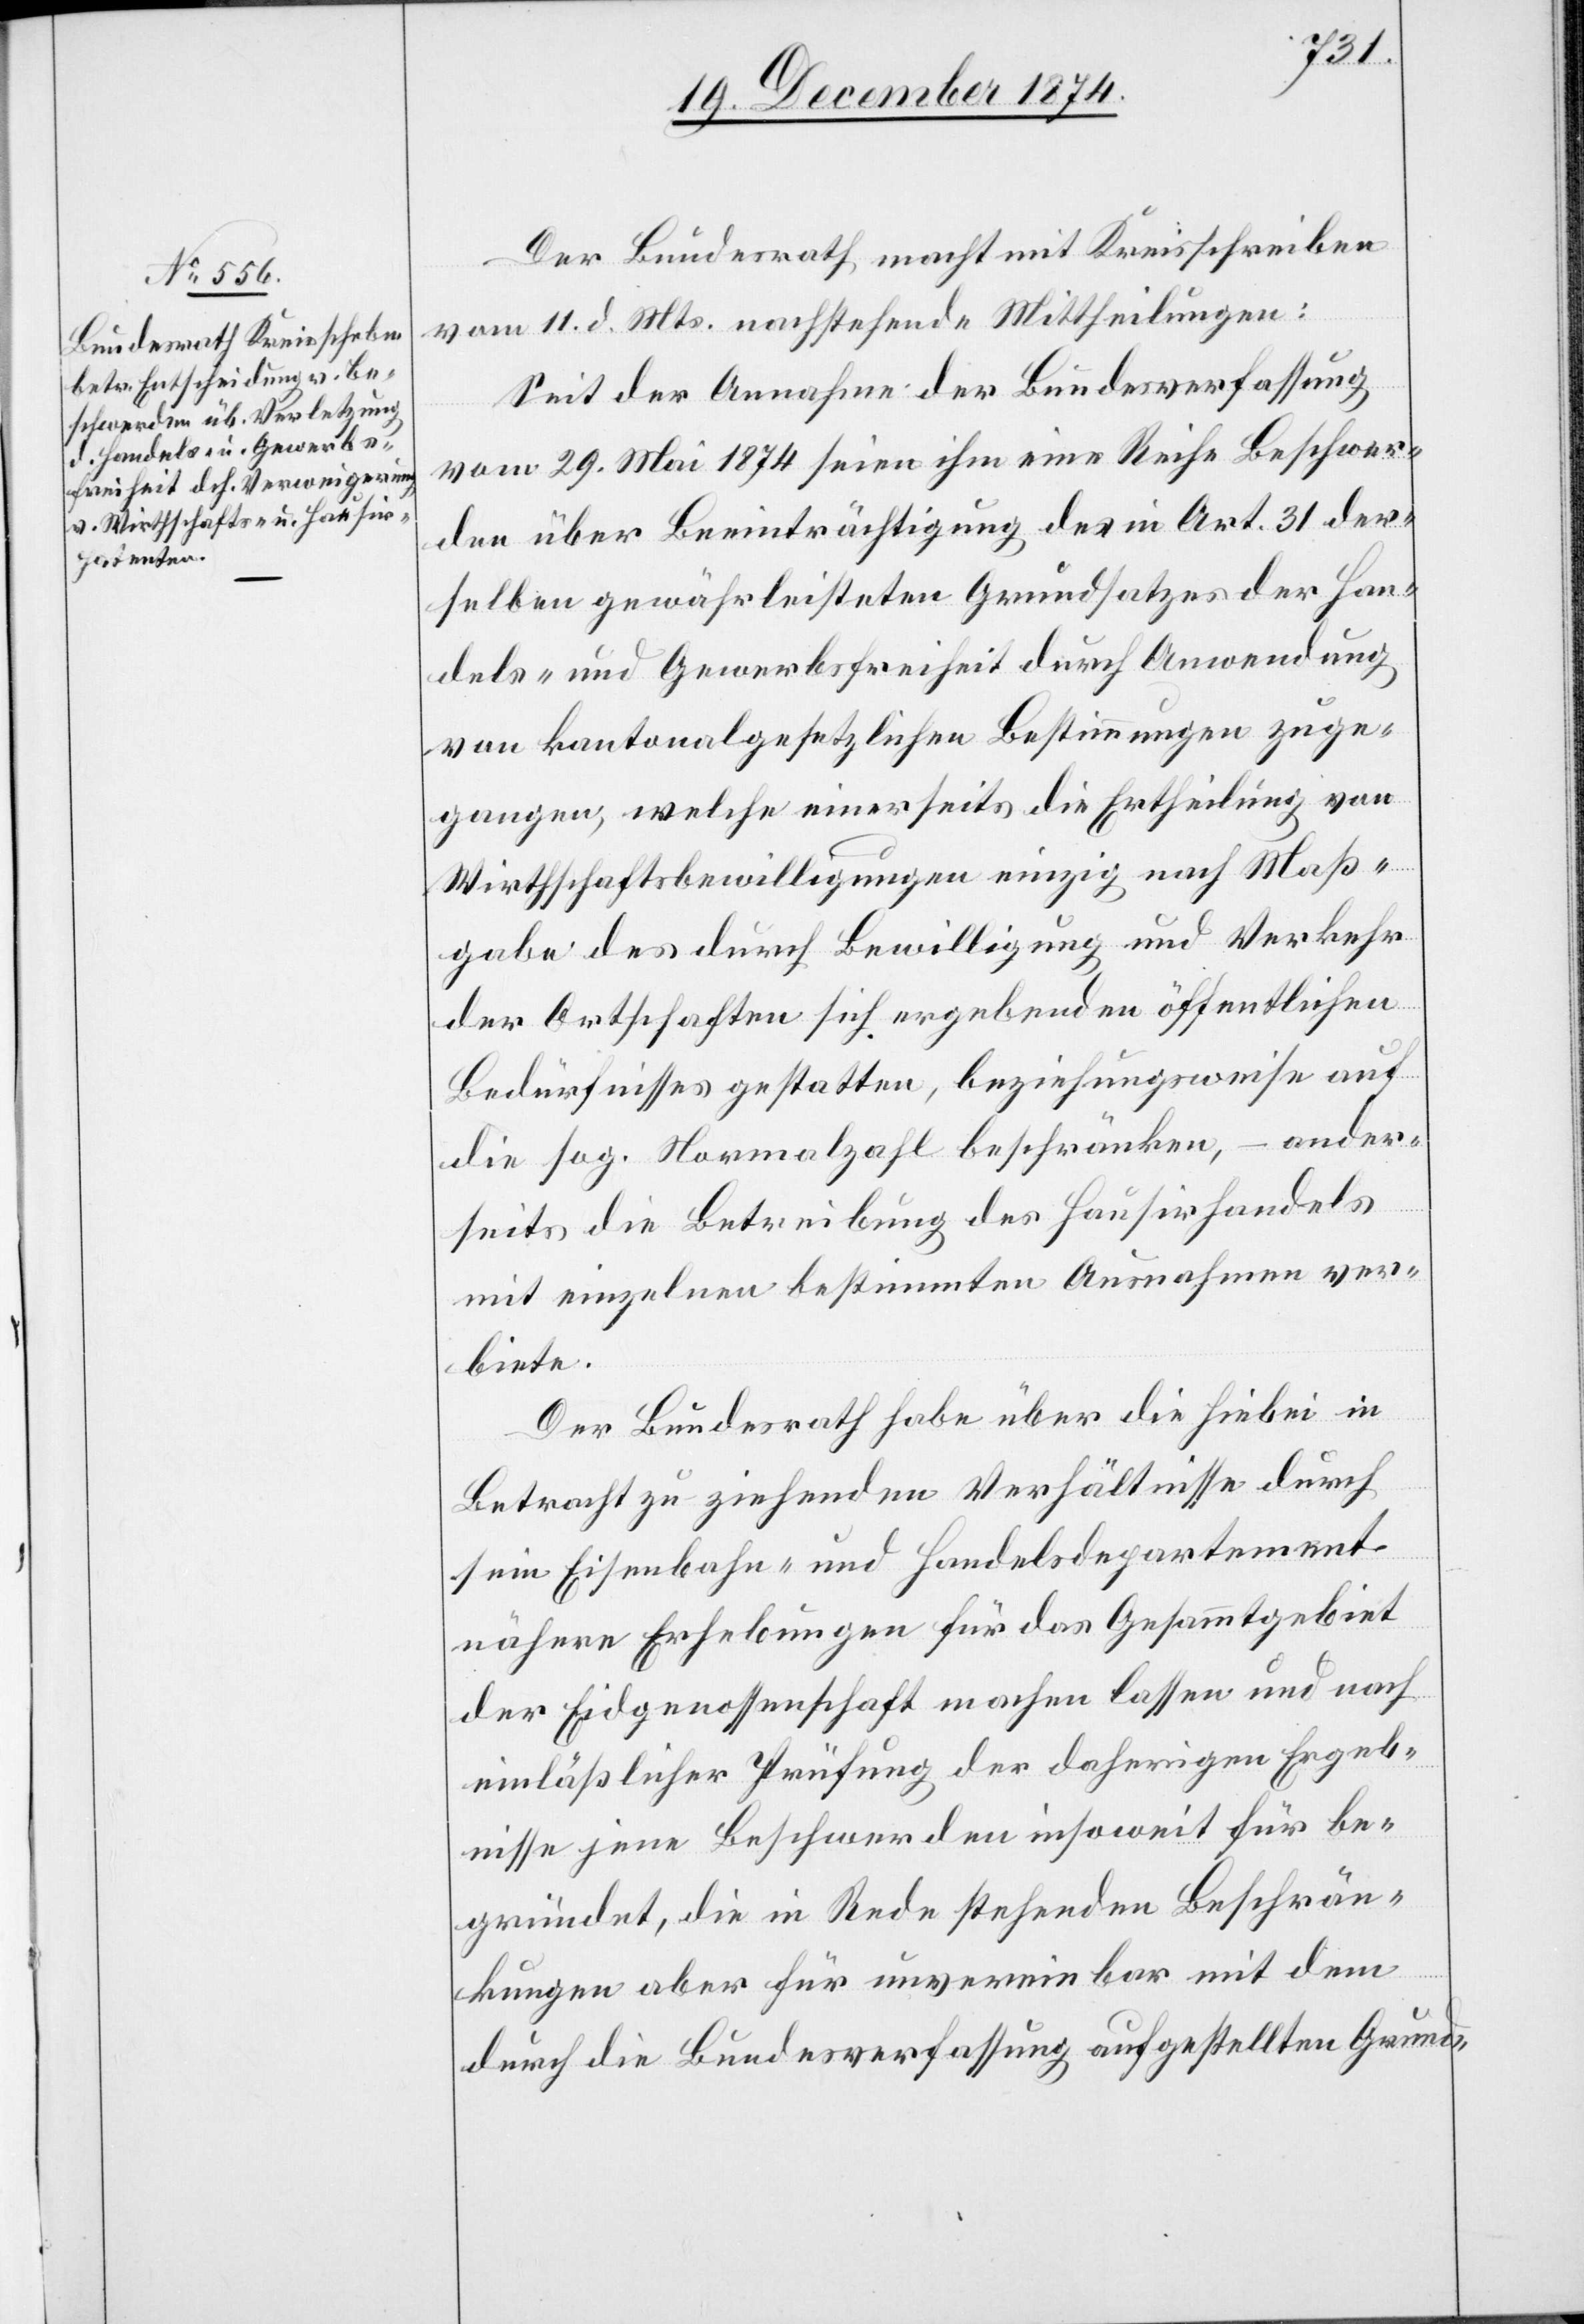
Der Bundesrath macht mit Kreisschreiben
vom 11. d. Mts. nachstehende Mittheilungen:
Seit der Annahme der Bundesverfassung
vom 29. Mai 1874 seien ihm eine Reihe Beschwer¬
den über Beeinträchtigung des in Art. 31 der¬
selben gewährleisteten Grundsatzes der Han¬
dels- und Gewerbsfreiheit durch Anwendung
von kantonalgesetzlichen Bestimmungen zuge¬
gangen, welche einerseits die Ertheilung von
Wirthschaftsbewilligungen einzig nach Maß¬
gabe des durch Bewilligung und Verkehr
der Ortschaften sich ergebenden öffentlichen
Bedürfnisses gestatten, beziehungsweise auf
die sog. Normalzahl beschränken, – ander¬
seits die Betreibung des Hausirhandels
mit einzelnen bestimmten Ausnahmen ver¬
biete.
Der Bundesrath habe über die hiebei in
Betracht zu ziehenden Verhältnisse durch
sein Eisenbahn- und Handelsdepartement
nähere Erhebungen für das Gesammtgebiet
der Eidgenossenschaft machen lassen und nach
einläßlicher Prüfung der daherigen Ergeb¬
nisse jene Beschwerden insoweit für be¬
gründet, die in Rede stehenden Beschrän¬
kungen aber für unvereinbar mit dem
durch die Bundesverfassung aufgestellten Grund-